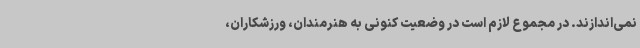
نمی‌اندازند. در مجموع لازم است در وضعیت کنونی به هنرمندان، ورزشکاران،